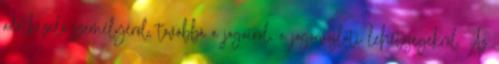
adatkezelő személyéről, továbbá a jogairól, a jogorvoslati lehetőségekről. Az